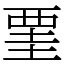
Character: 䙵